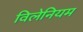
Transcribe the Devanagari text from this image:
विलेनियम